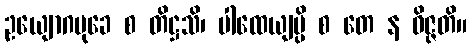
ဥယျောဂမုခေ စ တိဋ္ဌသိ၊ ပါထေယျမ္ပိ စ တေ န ဝိဇ္ဇတိ။